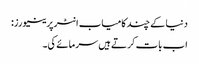
دنیا کے چند کامیاب انٹرپرینیورز:
اب بات کرتے ہیں سرمائے کی۔